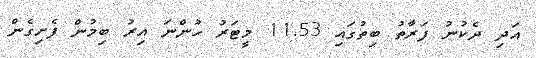
އަދި ދެކުނު ފަރާތު ބިތުގައި 11.53 މީޓަރު ހުންނަ އިރު ބިމުން ފެށިގެން